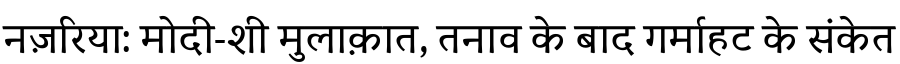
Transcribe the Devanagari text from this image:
नज़रिया: मोदी-शी मुलाक़ात, तनाव के बाद गर्माहट के संकेत